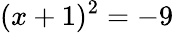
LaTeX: (x+1)^{2}=-9